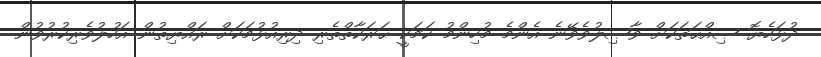
ދުޅަހެޔޮ ޞިއްޙަތަކަށް ވާޞިލުވެވޭނެ އެންމެ މުހިންމު ކަމަކީ ޙަރަކާތްތެރި ދިރިއުޅުމަކަށް ރައްޔިތުން އަހުލުވެރިކުރުވުން